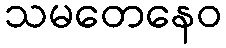
သမတေနေဝ